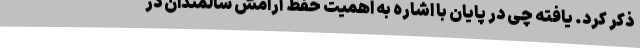
ذکر کرد. یافته چی در پایان با اشاره به اهمیت حفظ آرامش سالمندان در